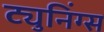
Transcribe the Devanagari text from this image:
ट्युनिंग्स